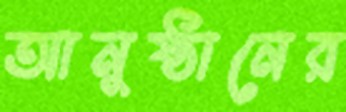
আনুষ্ঠানের